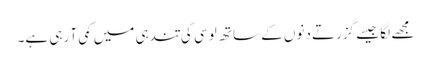
مجھے لگا جیسے گزرتے دنوں کے ساتھ لوسی کی تندہی میں کمی آ رہی ہے۔